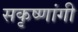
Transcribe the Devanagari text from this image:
सकृष्णांगी